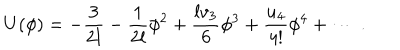
LaTeX: U ( \phi ) = - \frac 3 { 2 l } - \frac 1 { 2 l } \phi ^ { 2 } + \frac { l v _ { 3 } } { 6 } \phi ^ { 3 } + \frac { u _ { 4 } } { 4 ! } \phi ^ { 4 } + \cdots ~ .